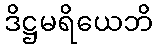
ဒိဋ္ဌမရိယေဘိ